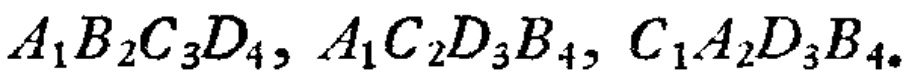
$A_{1}B_{2}C_{3}D_{4}, A_{1}C_{2}D_{3}B_{4}, C_{1}A_{2}D_{3}B_{4}.$